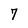
Character: 7